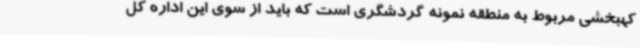
کهبخشی مربوط به منطقه نمونه گردشگری است که باید از سوی این اداره کل